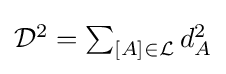
{\textstyle {\mathcal {D}}^{2}=\sum _{[A]\in {\mathcal {L}}}d_{A}^{2}}